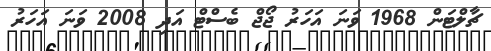
ޗާލްޓަން 1968 ވަނަ އަހަރު ޖޯޖް ބެސްޓް އަދި 2008 ވަނަ އަހަރު